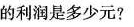
的利润是多少元?